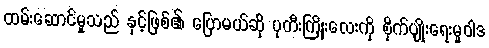
ထမ်းဆောင်မှုသည် နှင့်ဖြစ်၏ ပြောမယ်ဆို ပုတီးကြိုးလေးကို စိုက်ပျိုးရေးမူဝါဒ